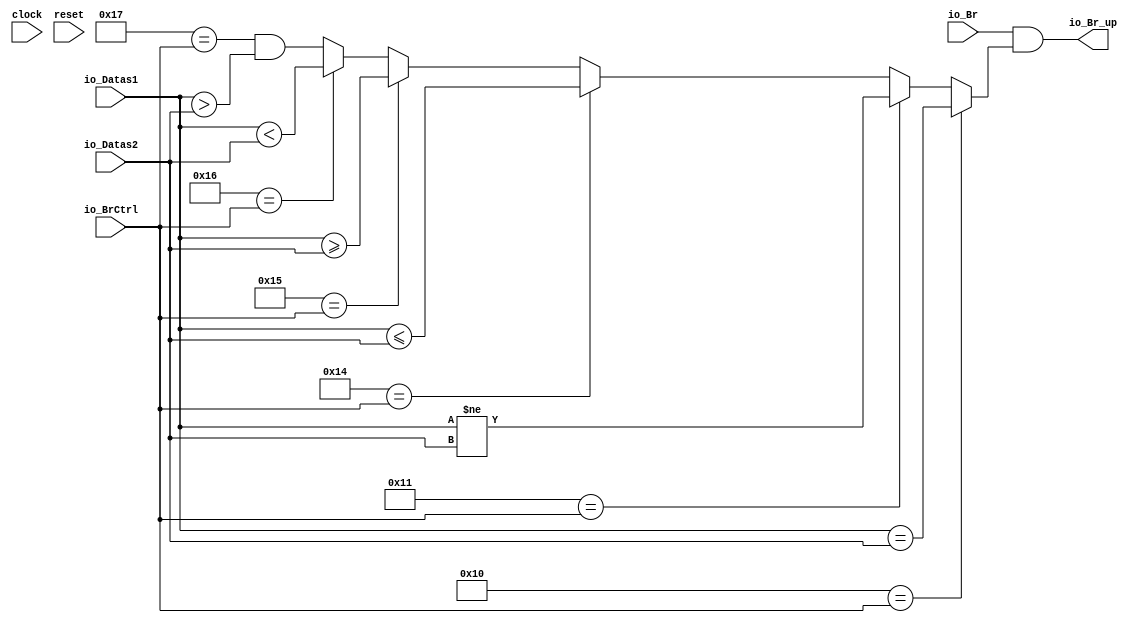
module Branch(
  input         clock,
  input         reset,
  input  [4:0]  io_BrCtrl,
  input         io_Br,
  input  [31:0] io_Datas1,
  input  [31:0] io_Datas2,
  output        io_Br_up
);
  wire  _GEN_0 = 5'h17 == io_BrCtrl & $signed(io_Datas1) > $signed(io_Datas2); // @[Branch.scala 17:22 23:27 16:9]
  wire  _GEN_1 = 5'h16 == io_BrCtrl ? $signed(io_Datas1) < $signed(io_Datas2) : _GEN_0; // @[Branch.scala 17:22 22:27]
  wire  _GEN_2 = 5'h15 == io_BrCtrl ? $signed(io_Datas1) >= $signed(io_Datas2) : _GEN_1; // @[Branch.scala 17:22 21:27]
  wire  _GEN_3 = 5'h14 == io_BrCtrl ? $signed(io_Datas1) <= $signed(io_Datas2) : _GEN_2; // @[Branch.scala 17:22 20:27]
  wire  _GEN_4 = 5'h11 == io_BrCtrl ? $signed(io_Datas1) != $signed(io_Datas2) : _GEN_3; // @[Branch.scala 17:22 19:27]
  wire  sig = 5'h10 == io_BrCtrl ? $signed(io_Datas1) == $signed(io_Datas2) : _GEN_4; // @[Branch.scala 17:22 18:27]
  assign io_Br_up = io_Br & sig; // @[Branch.scala 26:23]
endmodule